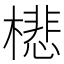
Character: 𣛥